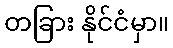
တခြား နိုင်ငံမှာ။